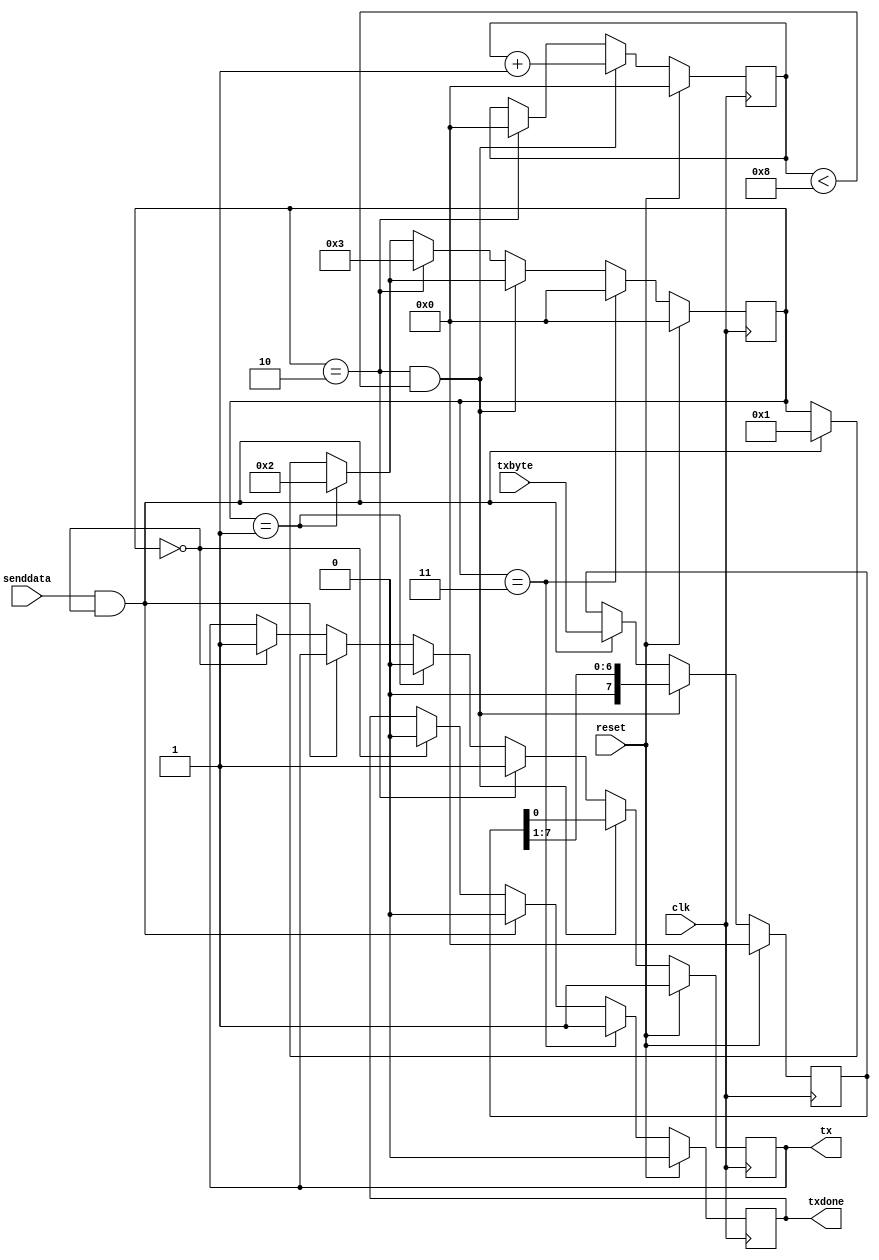
// uart.v




//
// https://github.com/nesl/ice40_examples/tree/master/uart_transmission
//
//
// 8N1 UART Module, transmit only
//
module uart_tx_8n1 (
    clk,        // input clock
    txbyte,     // outgoing byte
    senddata,   // trigger tx
    reset,      // Added custom OB: initial values may not work well in iCE40
    txdone,     // outgoing byte sent
    tx,         // tx wire
    );

    /* Inputs */
    input clk;
    input[7:0] txbyte;
    input senddata;
    input reset;      // Added custom OB

    /* Outputs */
    output txdone;
    output tx;

    /* Parameters */
    parameter STATE_IDLE=8'd0;
    parameter STATE_STARTTX=8'd1;
    parameter STATE_TXING=8'd2;
    parameter STATE_TXDONE=8'd3;

    /* State variables */
    reg[7:0] state=8'b0;
    reg[7:0] buf_tx=8'b0;
    reg[7:0] bits_sent=8'b0;
    reg txbit=0; // Normally: 1'b1; but we can't really init to non-zero on this h/w
    reg txdone=1'b0;

    /* Wiring */
    assign tx=txbit;

    /* always */
    always @ (posedge clk) begin

        if ( reset ) begin
          state <= STATE_IDLE;
          buf_tx <= 8'b0;
          bits_sent <= 8'b0;
          txbit <= 1'b 1; // 1'b1;
          txdone <= 1'b0;
        end else begin


        // start sending?
        if (senddata == 1 && state == STATE_IDLE) begin
            state <= STATE_STARTTX;
            buf_tx <= txbyte;
            txdone <= 1'b0;
        end else if (state == STATE_IDLE) begin
            // idle tx output wire/pin at high
            txbit <= 1'b 1; // 1'b1;
            txdone <= 1'b0;
        end

        // send start bit (low)
        if (state == STATE_STARTTX) begin
            txbit <= 1'b 0; // 1'b0;
            state <= STATE_TXING;
        end
        // clock data out
        if (state == STATE_TXING && bits_sent < 8'd8) begin
            txbit <= buf_tx[0];
            buf_tx <= buf_tx>>1;
            bits_sent <= bits_sent + 1;  // was =
        end else if (state == STATE_TXING) begin
            // send stop bit (high)
            txbit <= 1'b1;
            bits_sent <= 8'b0;
            state <= STATE_TXDONE;
        end

        // tx done
        if (state == STATE_TXDONE) begin
            txdone <= 1'b1;
            state <= STATE_IDLE;
        end

        end // if/else reset

    end

endmodule







//
// top.v variant - renamed to sample_uart_git_module
/* Top level module for keypad + UART demo */
`ifdef USE_UART_TEST_MODULE
  module sample_uart_git_top_module (
      // input hardware clock (12 MHz)
      hwclk,
      // all LEDs
      led1,
      // UART lines
      ftdi_tx,
      );

      /* Clock input */
      input hwclk;

      /* LED outputs */
      output led1;

      /* FTDI I/O */
      output ftdi_tx;

      /* 9600 Hz clock generation (from 12 MHz) */
      reg clk_9600 = 0;
      reg [31:0] cntr_9600 = 32'b0;
      parameter period_9600 = 625;

      /* 1 Hz clock generation (from 12 MHz) */
      reg clk_1 = 0;
      reg [31:0] cntr_1 = 32'b0;
      parameter period_1 = 6000000;

      // Note: could also use "0" or "9" below, but I wanted to
      // be clear about what the actual binary value is.
      parameter ASCII_0 = 8'd48;
      parameter ASCII_9 = 8'd57;

      /* UART registers */
      reg [7:0] uart_txbyte = ASCII_0;
      reg uart_send = 1'b1;
      wire uart_txed;

      /* LED register */
      reg ledval = 0;

      /* UART transmitter module designed for
         8 bits, no parity, 1 stop bit.
      */
      uart_tx_8n1 transmitter (
          // 9600 baud rate clock
          .clk (clk_9600),
          // byte to be transmitted
          .txbyte (uart_txbyte),
          // trigger a UART transmit on baud clock
          .senddata (uart_send),
          // input: tx is finished
          .txdone (uart_txed),
          // output UART tx pin
          .tx (ftdi_tx)
      );

      /* Wiring */
      assign led1=ledval;

      /* Low speed clock generation */
      always @ (posedge hwclk) begin
          /* generate 9600 Hz clock */
          cntr_9600 <= cntr_9600 + 1;
          if (cntr_9600 == period_9600) begin
              clk_9600 <= ~clk_9600;
              cntr_9600 <= 32'b0;
          end

          /* generate 1 Hz clock */
          cntr_1 <= cntr_1 + 1;
          if (cntr_1 == period_1) begin
              clk_1 <= ~clk_1;
              cntr_1 <= 32'b0;
          end
      end

      /* Increment ASCII digit and blink LED */
      always @ (posedge clk_1 ) begin
          ledval <= ~ledval;
          if (uart_txbyte == ASCII_9) begin
              uart_txbyte <= ASCII_0;
          end else begin
              uart_txbyte <= uart_txbyte + 1;
          end
      end

  endmodule
`endif // ifdef USE_UART_TEST_MODULE
//
// End of
//



















// *****************************************************************************
//
// UART
//
// UART Implementation - taken from various including:
//
// (A)
// https://www.fpga4fun.com/SerialInterface5.html
// https://www.fpga4fun.com/SiteInformation.html
// See async.v verilog example
// Both copyright: fpga4fun.com & KNJN LLC
//
// (B)
// See other example(s) at:
// (forum link here)
//
// (C)
// See Additional example:
// https://github.com/nesl/ice40_examples/blob/master/uart_transmission
//
// See Additional example:
// https://www.nandland.com/vhdl/modules/module-uart-serial-port-rs232.html
//
// *****************************************************************************


//////////////////////////////////////////////////////////
// fpga4fun & knjn.com
/*module serialGPIO2(
    input clk,
    input RxD,
    output TxD,

    output reg [7:0] GPout,  // general purpose outputs
    input [7:0] GPin  // general purpose inputs
);

  wire RxD_data_ready;
  wire [7:0] RxD_data;

  async_receiver RX(.clk(clk), .RxD(RxD), .RxD_data_ready(RxD_data_ready), .RxD_data(RxD_data));

  always @(posedge clk) if(RxD_data_ready) GPout <= RxD_data;

  async_transmitter TX(.clk(clk), .TxD(TxD), .TxD_start(RxD_data_ready), .TxD_data(GPin));

endmodule
//
//
// See copyright
// UART async Rx/Tx modules incl baud gen:
////////////////////////////////////////////////////////
// RS-232 RX and TX module
// (c) fpga4fun.com & KNJN LLC - 2003 to 2016

// The RS-232 settings are fixed
// TX: 8-bit data, 2 stop, no-parity
// RX: 8-bit data, 1 stop, no-parity (the receiver can accept more stop bits of course)

//`define SIMULATION   // in this mode, TX outputs one bit per clock cycle
                       // and RX receives one bit per clock cycle (for fast simulations)

////////////////////////////////////////////////////////
module async_transmitter(
	input clk,
	input TxD_start,
	input [7:0] TxD_data,
	output TxD,
	output TxD_busy
);

// Assert TxD_start for (at least) one clock cycle to start transmission of TxD_data
// TxD_data is latched so that it doesn't have to stay valid while it is being sent

parameter ClkFrequency = 25000000;	// 25MHz
parameter Baud = 115200;

generate
	if(ClkFrequency<Baud*8 && (ClkFrequency % Baud!=0)) ASSERTION_ERROR PARAMETER_OUT_OF_RANGE("Frequency incompatible with requested Baud rate");
endgenerate

////////////////////////////////
`ifdef SIMULATION
wire BitTick = 1'b1;  // output one bit per clock cycle
`else
wire BitTick;
BaudTickGen #(ClkFrequency, Baud) tickgen(.clk(clk), .enable(TxD_busy), .tick(BitTick));
`endif

reg [3:0] TxD_state = 0;
wire TxD_ready = (TxD_state==0);
assign TxD_busy = ~TxD_ready;

reg [7:0] TxD_shift = 0;
always @(posedge clk)
begin
	if(TxD_ready & TxD_start)
		TxD_shift <= TxD_data;
	else
	if(TxD_state[3] & BitTick)
		TxD_shift <= (TxD_shift >> 1);

	case(TxD_state)
		4'b0000: if(TxD_start) TxD_state <= 4'b0100;
		4'b0100: if(BitTick) TxD_state <= 4'b1000;  // start bit
		4'b1000: if(BitTick) TxD_state <= 4'b1001;  // bit 0
		4'b1001: if(BitTick) TxD_state <= 4'b1010;  // bit 1
		4'b1010: if(BitTick) TxD_state <= 4'b1011;  // bit 2
		4'b1011: if(BitTick) TxD_state <= 4'b1100;  // bit 3
		4'b1100: if(BitTick) TxD_state <= 4'b1101;  // bit 4
		4'b1101: if(BitTick) TxD_state <= 4'b1110;  // bit 5
		4'b1110: if(BitTick) TxD_state <= 4'b1111;  // bit 6
		4'b1111: if(BitTick) TxD_state <= 4'b0010;  // bit 7
		4'b0010: if(BitTick) TxD_state <= 4'b0011;  // stop1
		4'b0011: if(BitTick) TxD_state <= 4'b0000;  // stop2
		default: if(BitTick) TxD_state <= 4'b0000;
	endcase
end

assign TxD = (TxD_state<4) | (TxD_state[3] & TxD_shift[0]);  // put together the start, data and stop bits
endmodule


////////////////////////////////////////////////////////
module async_receiver(
  input clk,
	input RxD,
	output reg RxD_data_ready = 0,
	output reg [7:0] RxD_data = 0,  // data received, valid only (for one clock cycle) when RxD_data_ready is asserted

	// We also detect if a gap occurs in the received stream of characters
	// That can be useful if multiple characters are sent in burst
	//  so that multiple characters can be treated as a "packet"
	output RxD_idle,  // asserted when no data has been received for a while
	output reg RxD_endofpacket = 0  // asserted for one clock cycle when a packet has been detected (i.e. RxD_idle is going high)
);

parameter ClkFrequency = 25000000; // 25MHz
parameter Baud = 115200;

parameter Oversampling = 8;  // needs to be a power of 2
// we oversample the RxD line at a fixed rate to capture each RxD data bit at the "right" time
// 8 times oversampling by default, use 16 for higher quality reception

generate
	if(ClkFrequency<Baud*Oversampling) ASSERTION_ERROR PARAMETER_OUT_OF_RANGE("Frequency too low for current Baud rate and oversampling");
	if(Oversampling<8 || ((Oversampling & (Oversampling-1))!=0)) ASSERTION_ERROR PARAMETER_OUT_OF_RANGE("Invalid oversampling value");
endgenerate

////////////////////////////////
reg [3:0] RxD_state = 0;

`ifdef SIMULATION
wire RxD_bit = RxD;
wire sampleNow = 1'b1;  // receive one bit per clock cycle

`else
wire OversamplingTick;
BaudTickGen #(ClkFrequency, Baud, Oversampling) tickgen(.clk(clk), .enable(1'b1), .tick(OversamplingTick));

// synchronize RxD to our clk domain
reg [1:0] RxD_sync = 2'b11;
always @(posedge clk) if(OversamplingTick) RxD_sync <= {RxD_sync[0], RxD};

// and filter it
reg [1:0] Filter_cnt = 2'b11;
reg RxD_bit = 1'b1;

always @(posedge clk)
if(OversamplingTick)
begin
	if(RxD_sync[1]==1'b1 && Filter_cnt!=2'b11) Filter_cnt <= Filter_cnt + 1'd1;
	else
	if(RxD_sync[1]==1'b0 && Filter_cnt!=2'b00) Filter_cnt <= Filter_cnt - 1'd1;

	if(Filter_cnt==2'b11) RxD_bit <= 1'b1;
	else
	if(Filter_cnt==2'b00) RxD_bit <= 1'b0;
end

// and decide when is the good time to sample the RxD line
function integer log2(input integer v); begin log2=0; while(v>>log2) log2=log2+1; end endfunction
localparam l2o = log2(Oversampling);
reg [l2o-2:0] OversamplingCnt = 0;
always @(posedge clk) if(OversamplingTick) OversamplingCnt <= (RxD_state==0) ? 1'd0 : OversamplingCnt + 1'd1;
wire sampleNow = OversamplingTick && (OversamplingCnt==Oversampling/2-1);
`endif

// now we can accumulate the RxD bits in a shift-register
always @(posedge clk)
case(RxD_state)
	4'b0000: if(~RxD_bit) RxD_state <= `ifdef SIMULATION 4'b1000 `else 4'b0001 `endif;  // start bit found?
	4'b0001: if(sampleNow) RxD_state <= 4'b1000;  // sync start bit to sampleNow
	4'b1000: if(sampleNow) RxD_state <= 4'b1001;  // bit 0
	4'b1001: if(sampleNow) RxD_state <= 4'b1010;  // bit 1
	4'b1010: if(sampleNow) RxD_state <= 4'b1011;  // bit 2
	4'b1011: if(sampleNow) RxD_state <= 4'b1100;  // bit 3
	4'b1100: if(sampleNow) RxD_state <= 4'b1101;  // bit 4
	4'b1101: if(sampleNow) RxD_state <= 4'b1110;  // bit 5
	4'b1110: if(sampleNow) RxD_state <= 4'b1111;  // bit 6
	4'b1111: if(sampleNow) RxD_state <= 4'b0010;  // bit 7
	4'b0010: if(sampleNow) RxD_state <= 4'b0000;  // stop bit
	default: RxD_state <= 4'b0000;
endcase

always @(posedge clk)
if(sampleNow && RxD_state[3]) RxD_data <= {RxD_bit, RxD_data[7:1]};

//reg RxD_data_error = 0;
always @(posedge clk)
begin
	RxD_data_ready <= (sampleNow && RxD_state==4'b0010 && RxD_bit);  // make sure a stop bit is received
	//RxD_data_error <= (sampleNow && RxD_state==4'b0010 && ~RxD_bit);  // error if a stop bit is not received
end

`ifdef SIMULATION
assign RxD_idle = 0;
`else
reg [l2o+1:0] GapCnt = 0;
always @(posedge clk) if (RxD_state!=0) GapCnt<=0; else if(OversamplingTick & ~GapCnt[log2(Oversampling)+1]) GapCnt <= GapCnt + 1'h1;
assign RxD_idle = GapCnt[l2o+1];
always @(posedge clk) RxD_endofpacket <= OversamplingTick & ~GapCnt[l2o+1] & &GapCnt[l2o:0];
`endif

endmodule


////////////////////////////////////////////////////////
// dummy module used to be able to raise an assertion in Verilog
module ASSERTION_ERROR();
endmodule


////////////////////////////////////////////////////////
module BaudTickGen(
	input clk, enable,
	output tick  // generate a tick at the specified baud rate * oversampling
);
parameter ClkFrequency = 25000000;
parameter Baud = 115200;
parameter Oversampling = 1;

function integer log2(input integer v); begin log2=0; while(v>>log2) log2=log2+1; end endfunction
localparam AccWidth = log2(ClkFrequency/Baud)+8;  // +/- 2% max timing error over a byte
reg [AccWidth:0] Acc = 0;
localparam ShiftLimiter = log2(Baud*Oversampling >> (31-AccWidth));  // this makes sure Inc calculation doesn't overflow
localparam Inc = ((Baud*Oversampling << (AccWidth-ShiftLimiter))+(ClkFrequency>>(ShiftLimiter+1)))/(ClkFrequency>>ShiftLimiter);
always @(posedge clk) if(enable) Acc <= Acc[AccWidth-1:0] + Inc[AccWidth:0]; else Acc <= Inc[AccWidth:0];
assign tick = Acc[AccWidth];
endmodule


////////////////////////////////////////////////////////
// END of fpga4fun & knjn.com
//

*/






// *****************************************************************************
//
// END OF UART MODULES SECTION
//
// *****************************************************************************